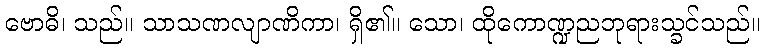
ဗောဓိ၊ သည်။ သာသဏလျာဏိကာ၊ ရှိ၏။ သော၊ ထိုကောဏ္ဍညဘုရားသ္ခင်သည်။